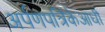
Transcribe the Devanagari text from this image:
अर्पणपत्रिकेआधी